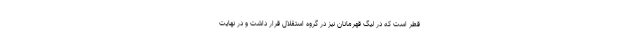
قطر است که در لیگ قهرمانان نیز در گروه استقلال قرار داشت و در نهایت